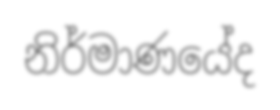
නිර්මාණයේද